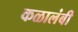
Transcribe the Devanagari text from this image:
कळालंबी